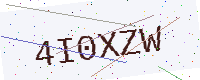
Text: 4I0XZW